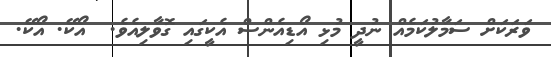
ވަރަކަށް ސަމާލުކަމެއް ނުދީ މުޅި އޯޑިއެންސް އެކީގައި ގޮވާލިއެވެ.  އޯކޭ. އޯކޭ.